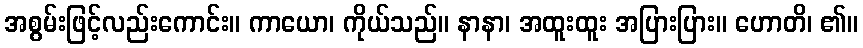
အစွမ်းဖြင့်လည်းကောင်း။ ကာယော၊ ကိုယ်သည်။ နာနာ၊ အထူးထူး အပြားပြား။ ဟောတိ၊ ၏။